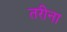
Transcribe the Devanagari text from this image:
तरीना